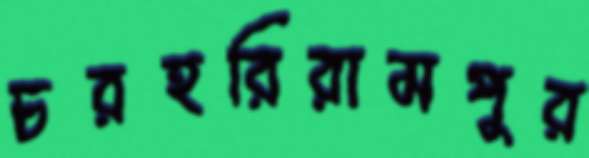
চরহরিরামপুর